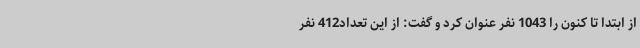
از ابتدا تا کنون را 1043 نفر عنوان کرد و گفت: از این تعداد412 نفر